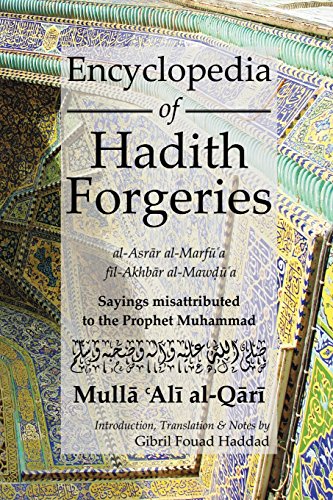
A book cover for Encyclopedia of Hadith Forgeries: al-Asrar al-Marfu'a fil-Akhbar al-Mawdu'a: Sayings Misattributed to the Prophet Muhammad; M. A. Al Qari; Religion & Spirituality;